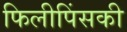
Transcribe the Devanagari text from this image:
फिलीपिंसकी